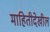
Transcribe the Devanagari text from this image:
माहितीदेखील